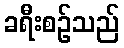
ခရီးစဉ်သည်